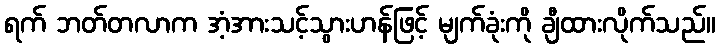
ရက် ဘတ်တလာက အံ့အားသင့်သွားဟန်ဖြင့် မျက်ခုံးကို ချီထားလိုက်သည်။